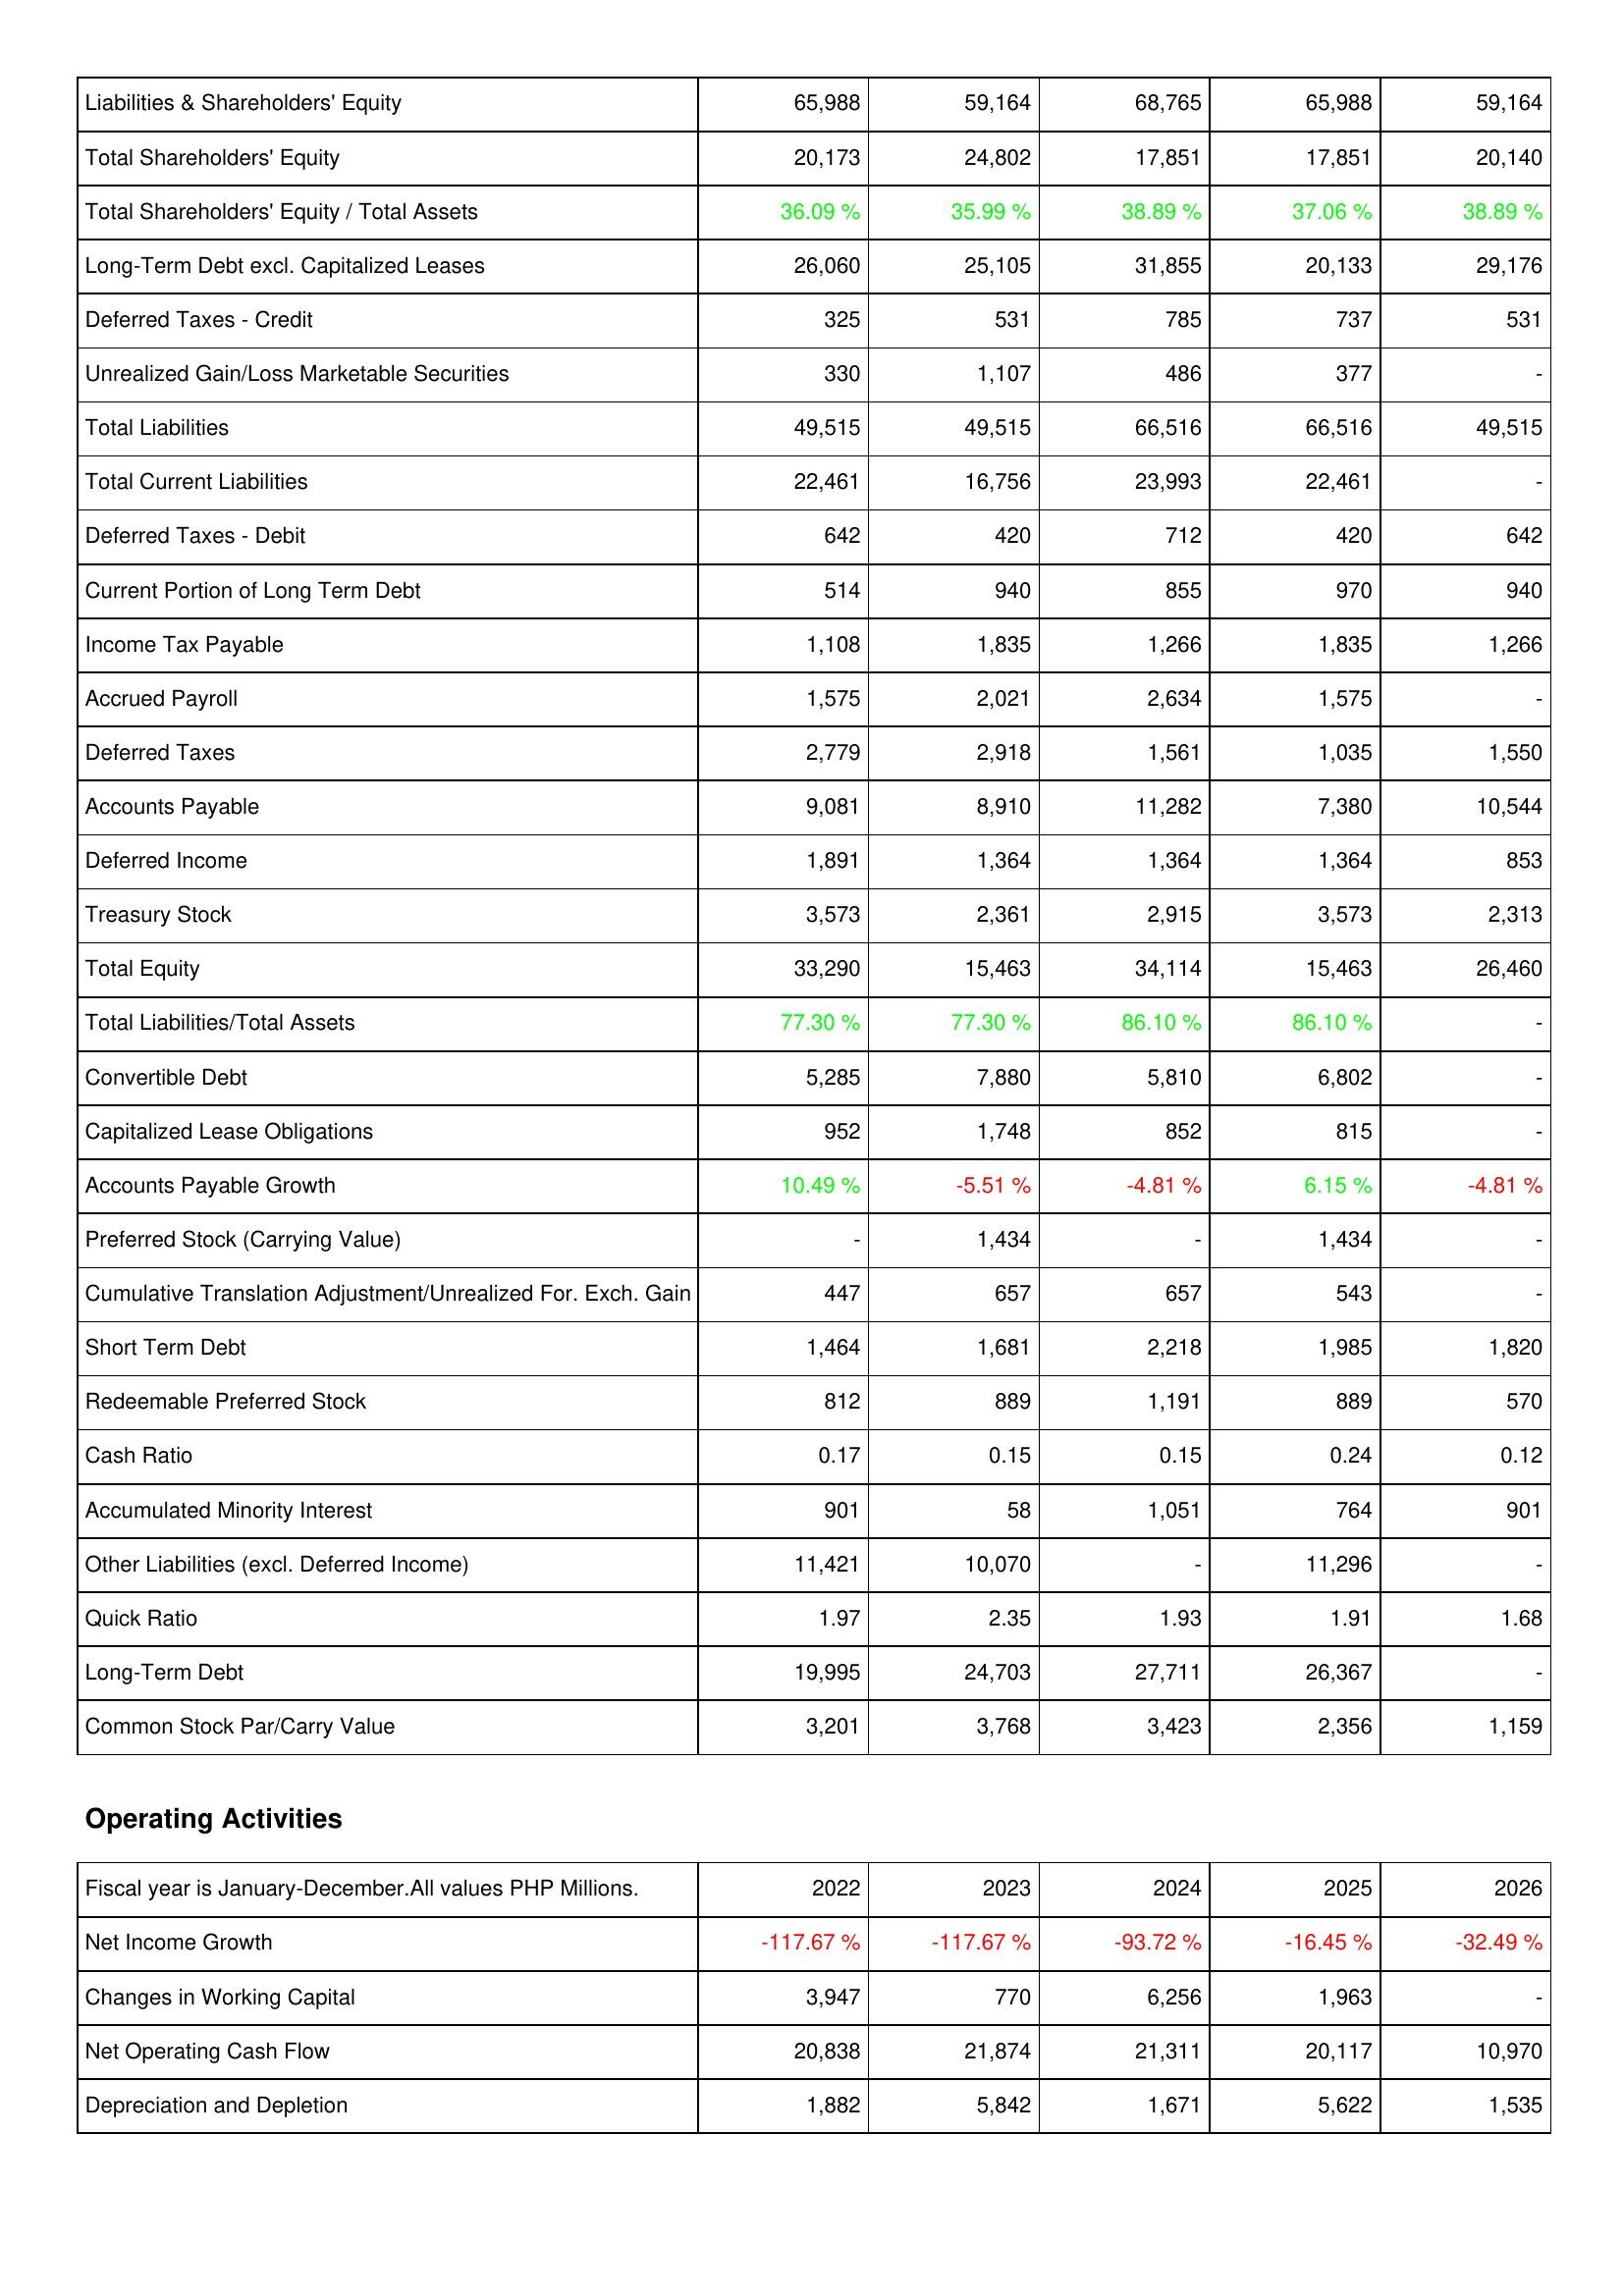
2022: Liabilities & Shareholders' Equity: Liabilities & Shareholders' Equity: 65,988
Total Shareholders' Equity: 20,173
Total Shareholders' Equity / Total Assets: 36.09 %
Long-Term Debt excl. Capitalized Leases: 26,060
Deferred Taxes - Credit: 325
Unrealized Gain/Loss Marketable Securities: 330
Total Liabilities: 49,515
Total Current Liabilities: 22,461
Deferred Taxes - Debit: 642
Current Portion of Long Term Debt: 514
Income Tax Payable: 1,108
Accrued Payroll: 1,575
Deferred Taxes: 2,779
Accounts Payable: 9,081
Deferred Income: 1,891
Treasury Stock: 3,573
Total Equity: 33,290
Total Liabilities/Total Assets: 77.30 %
Convertible Debt: 5,285
Capitalized Lease Obligations: 952
Accounts Payable Growth: 10.49 %
Preferred Stock (Carrying Value): -
Cumulative Translation Adjustment/Unrealized For. Exch. Gain: 447
Short Term Debt: 1,464
Redeemable Preferred Stock: 812
Cash Ratio: 0.17
Accumulated Minority Interest: 901
Other Liabilities (excl. Deferred Income): 11,421
Quick Ratio: 1.97
Long-Term Debt: 19,995
Common Stock Par/Carry Value: 3,201
Operating Activities: Net Income Growth: -117.67 %
Changes in Working Capital: 3,947
Net Operating Cash Flow: 20,838
Depreciation and Depletion: 1,882
2023: Liabilities & Shareholders' Equity: Liabilities & Shareholders' Equity: 59,164
Total Shareholders' Equity: 24,802
Total Shareholders' Equity / Total Assets: 35.99 %
Long-Term Debt excl. Capitalized Leases: 25,105
Deferred Taxes - Credit: 531
Unrealized Gain/Loss Marketable Securities: 1,107
Total Liabilities: 49,515
Total Current Liabilities: 16,756
Deferred Taxes - Debit: 420
Current Portion of Long Term Debt: 940
Income Tax Payable: 1,835
Accrued Payroll: 2,021
Deferred Taxes: 2,918
Accounts Payable: 8,910
Deferred Income: 1,364
Treasury Stock: 2,361
Total Equity: 15,463
Total Liabilities/Total Assets: 77.30 %
Convertible Debt: 7,880
Capitalized Lease Obligations: 1,748
Accounts Payable Growth: -5.51 %
Preferred Stock (Carrying Value): 1,434
Cumulative Translation Adjustment/Unrealized For. Exch. Gain: 657
Short Term Debt: 1,681
Redeemable Preferred Stock: 889
Cash Ratio: 0.15
Accumulated Minority Interest: 58
Other Liabilities (excl. Deferred Income): 10,070
Quick Ratio: 2.35
Long-Term Debt: 24,703
Common Stock Par/Carry Value: 3,768
Operating Activities: Net Income Growth: -117.67 %
Changes in Working Capital: 770
Net Operating Cash Flow: 21,874
Depreciation and Depletion: 5,842
2024: Liabilities & Shareholders' Equity: Liabilities & Shareholders' Equity: 68,765
Total Shareholders' Equity: 17,851
Total Shareholders' Equity / Total Assets: 38.89 %
Long-Term Debt excl. Capitalized Leases: 31,855
Deferred Taxes - Credit: 785
Unrealized Gain/Loss Marketable Securities: 486
Total Liabilities: 66,516
Total Current Liabilities: 23,993
Deferred Taxes - Debit: 712
Current Portion of Long Term Debt: 855
Income Tax Payable: 1,266
Accrued Payroll: 2,634
Deferred Taxes: 1,561
Accounts Payable: 11,282
Deferred Income: 1,364
Treasury Stock: 2,915
Total Equity: 34,114
Total Liabilities/Total Assets: 86.10 %
Convertible Debt: 5,810
Capitalized Lease Obligations: 852
Accounts Payable Growth: -4.81 %
Preferred Stock (Carrying Value): -
Cumulative Translation Adjustment/Unrealized For. Exch. Gain: 657
Short Term Debt: 2,218
Redeemable Preferred Stock: 1,191
Cash Ratio: 0.15
Accumulated Minority Interest: 1,051
Other Liabilities (excl. Deferred Income): -
Quick Ratio: 1.93
Long-Term Debt: 27,711
Common Stock Par/Carry Value: 3,423
Operating Activities: Net Income Growth: -93.72 %
Changes in Working Capital: 6,256
Net Operating Cash Flow: 21,311
Depreciation and Depletion: 1,671
2025: Liabilities & Shareholders' Equity: Liabilities & Shareholders' Equity: 65,988
Total Shareholders' Equity: 17,851
Total Shareholders' Equity / Total Assets: 37.06 %
Long-Term Debt excl. Capitalized Leases: 20,133
Deferred Taxes - Credit: 737
Unrealized Gain/Loss Marketable Securities: 377
Total Liabilities: 66,516
Total Current Liabilities: 22,461
Deferred Taxes - Debit: 420
Current Portion of Long Term Debt: 970
Income Tax Payable: 1,835
Accrued Payroll: 1,575
Deferred Taxes: 1,035
Accounts Payable: 7,380
Deferred Income: 1,364
Treasury Stock: 3,573
Total Equity: 15,463
Total Liabilities/Total Assets: 86.10 %
Convertible Debt: 6,802
Capitalized Lease Obligations: 815
Accounts Payable Growth: 6.15 %
Preferred Stock (Carrying Value): 1,434
Cumulative Translation Adjustment/Unrealized For. Exch. Gain: 543
Short Term Debt: 1,985
Redeemable Preferred Stock: 889
Cash Ratio: 0.24
Accumulated Minority Interest: 764
Other Liabilities (excl. Deferred Income): 11,296
Quick Ratio: 1.91
Long-Term Debt: 26,367
Common Stock Par/Carry Value: 2,356
Operating Activities: Net Income Growth: -16.45 %
Changes in Working Capital: 1,963
Net Operating Cash Flow: 20,117
Depreciation and Depletion: 5,622
2026: Liabilities & Shareholders' Equity: Liabilities & Shareholders' Equity: 59,164
Total Shareholders' Equity: 20,140
Total Shareholders' Equity / Total Assets: 38.89 %
Long-Term Debt excl. Capitalized Leases: 29,176
Deferred Taxes - Credit: 531
Unrealized Gain/Loss Marketable Securities: -
Total Liabilities: 49,515
Total Current Liabilities: -
Deferred Taxes - Debit: 642
Current Portion of Long Term Debt: 940
Income Tax Payable: 1,266
Accrued Payroll: -
Deferred Taxes: 1,550
Accounts Payable: 10,544
Deferred Income: 853
Treasury Stock: 2,313
Total Equity: 26,460
Total Liabilities/Total Assets: -
Convertible Debt: -
Capitalized Lease Obligations: -
Accounts Payable Growth: -4.81 %
Preferred Stock (Carrying Value): -
Cumulative Translation Adjustment/Unrealized For. Exch. Gain: -
Short Term Debt: 1,820
Redeemable Preferred Stock: 570
Cash Ratio: 0.12
Accumulated Minority Interest: 901
Other Liabilities (excl. Deferred Income): -
Quick Ratio: 1.68
Long-Term Debt: -
Common Stock Par/Carry Value: 1,159
Operating Activities: Net Income Growth: -32.49 %
Changes in Working Capital: -
Net Operating Cash Flow: 10,970
Depreciation and Depletion: 1,535